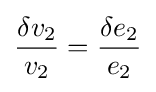
{\frac {\delta v_{2}}{v_{2}}}={\frac {\delta e_{2}}{e_{2}}}